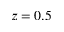
z = 0 . 5